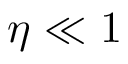
\eta \ll 1